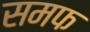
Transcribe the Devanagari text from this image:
समफ